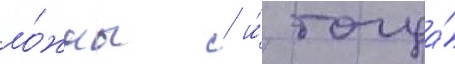
ло́жны / и́ тогда́